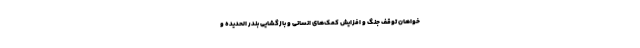
خواهان توقف جنگ و افزایش کمک‌های انسانی و بازگشایی بندر الحدیده و